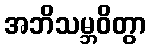
အဘိသမ္ဘဝိတွာ